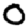
Digit: 0